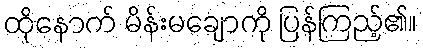
ထိုနောက် မိန်းမချောကို ပြန်ကြည့်၏။